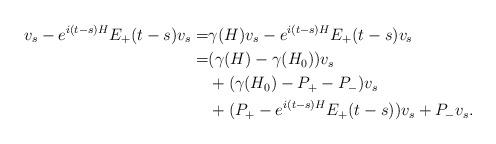
LaTeX: \begin{align*}v_s-e^{i(t-s)H}E_+(t-s)v_s=&\gamma(H)v_s-e^{i(t-s)H}E_+(t-s)v_s \\=&(\gamma(H)-\gamma(H_0))v_s \\&+(\gamma(H_0)-P_+-P_-)v_s \\&+(P_+-e^{i(t-s)H}E_+(t-s))v_s+P_-v_s . \end{align*}